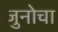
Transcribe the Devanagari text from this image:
जुनोचा